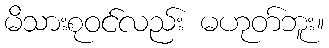
မိသားစုဝင်လည်း မဟုတ်ဘူး။